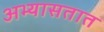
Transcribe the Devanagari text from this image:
अभ्यासतात